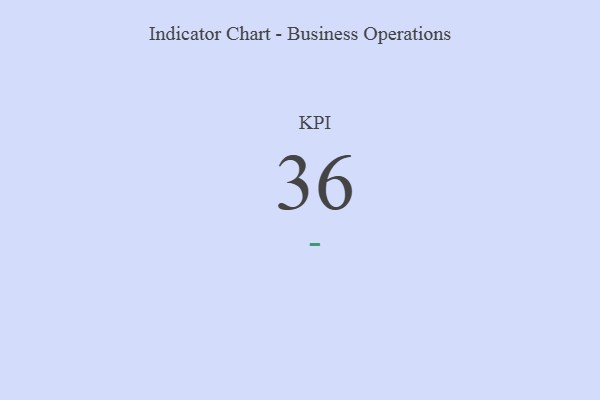
{"axis": {"x": "KPI", "y": "Value"}, "legend": [""], "data": [{"x": "KPI", "y": 36, "type": ""}]}